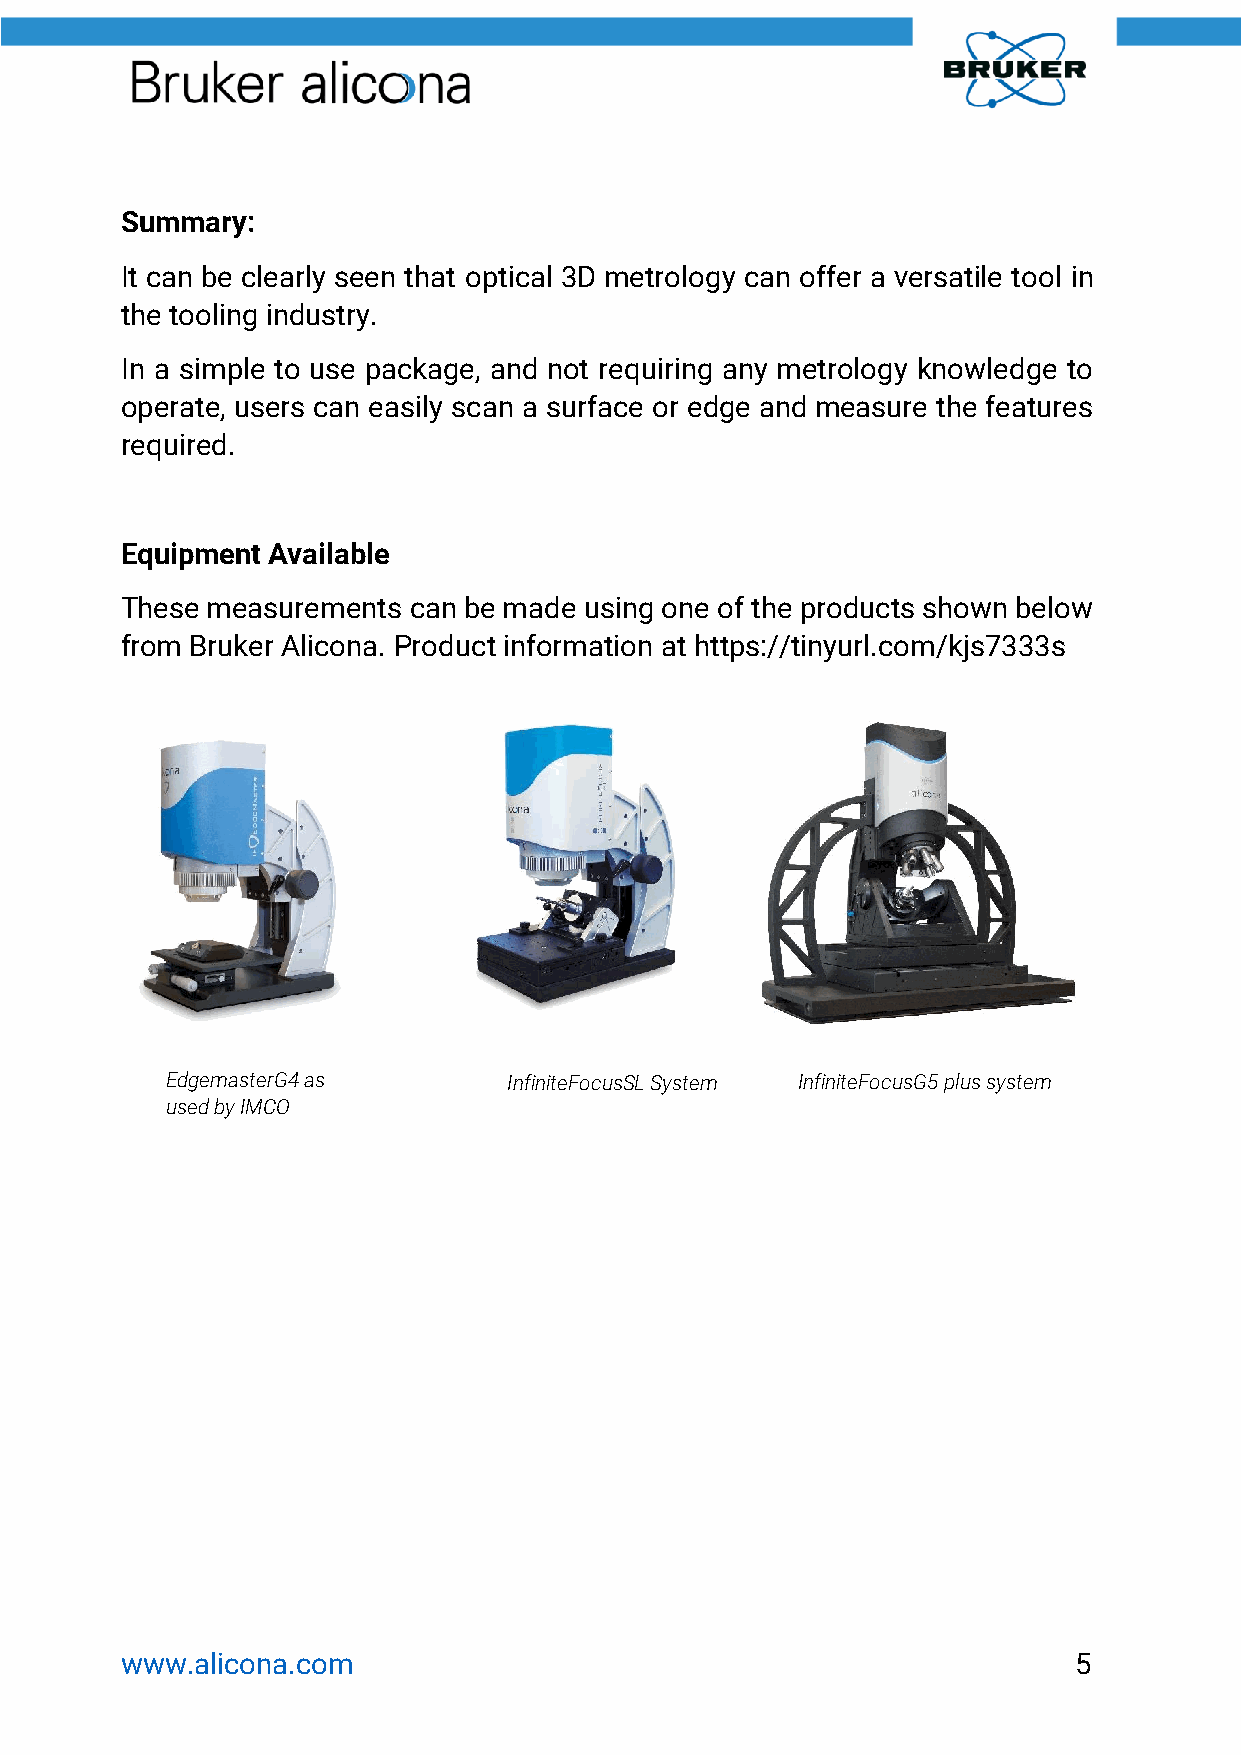
Summary:
 It can be clearly seen that optical 3D metrology can offer a versatile tool in
 the tooling industry.
 In a simple to use package, and not requiring any metrology knowledge to
 operate, users can easily scan a surface or edge and measure the features
 required.
 Equipment Available
 These measurements can be made using one of the products shown below
 from Bruker Alicona. Product information at https://tinyurl.com/kjs7333s
 EdgemasterG4 as        InfiniteFocusSL System InfiniteFocusG5 plus system
 used by IMCO
 www.alicona.com                                                5